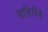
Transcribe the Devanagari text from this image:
शाहिरीने